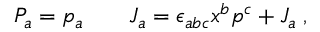
{ \cal P } _ { a } = p _ { a } \qquad { \cal J } _ { a } = \epsilon _ { a b c } x ^ { b } p ^ { c } + J _ { a } \; ,